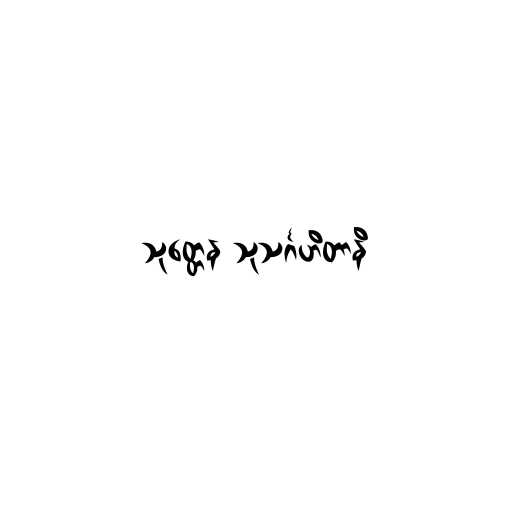
သုတ္တေန သုသင်္ဂဟိတာနိ